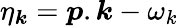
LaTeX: \eta_{\boldsymbol{k}}=\boldsymbol{p}.\boldsymbol{k}-\omega_{k}